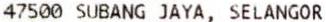
47500 SUBANG JAYA, SELANGOR